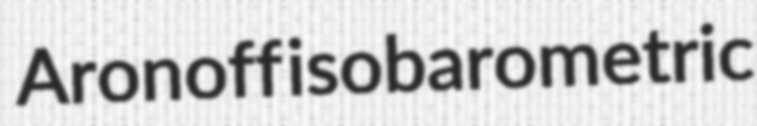
Aronoff isobarometric